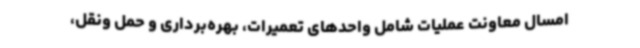
امسال معاونت عملیات شامل واحدهای تعمیرات، بهره‌برداری و حمل ونقل،